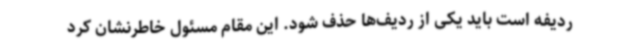
ردیفه است باید یکی از ردیف‌ها حذف شود. این مقام مسئول خاطرنشان کرد